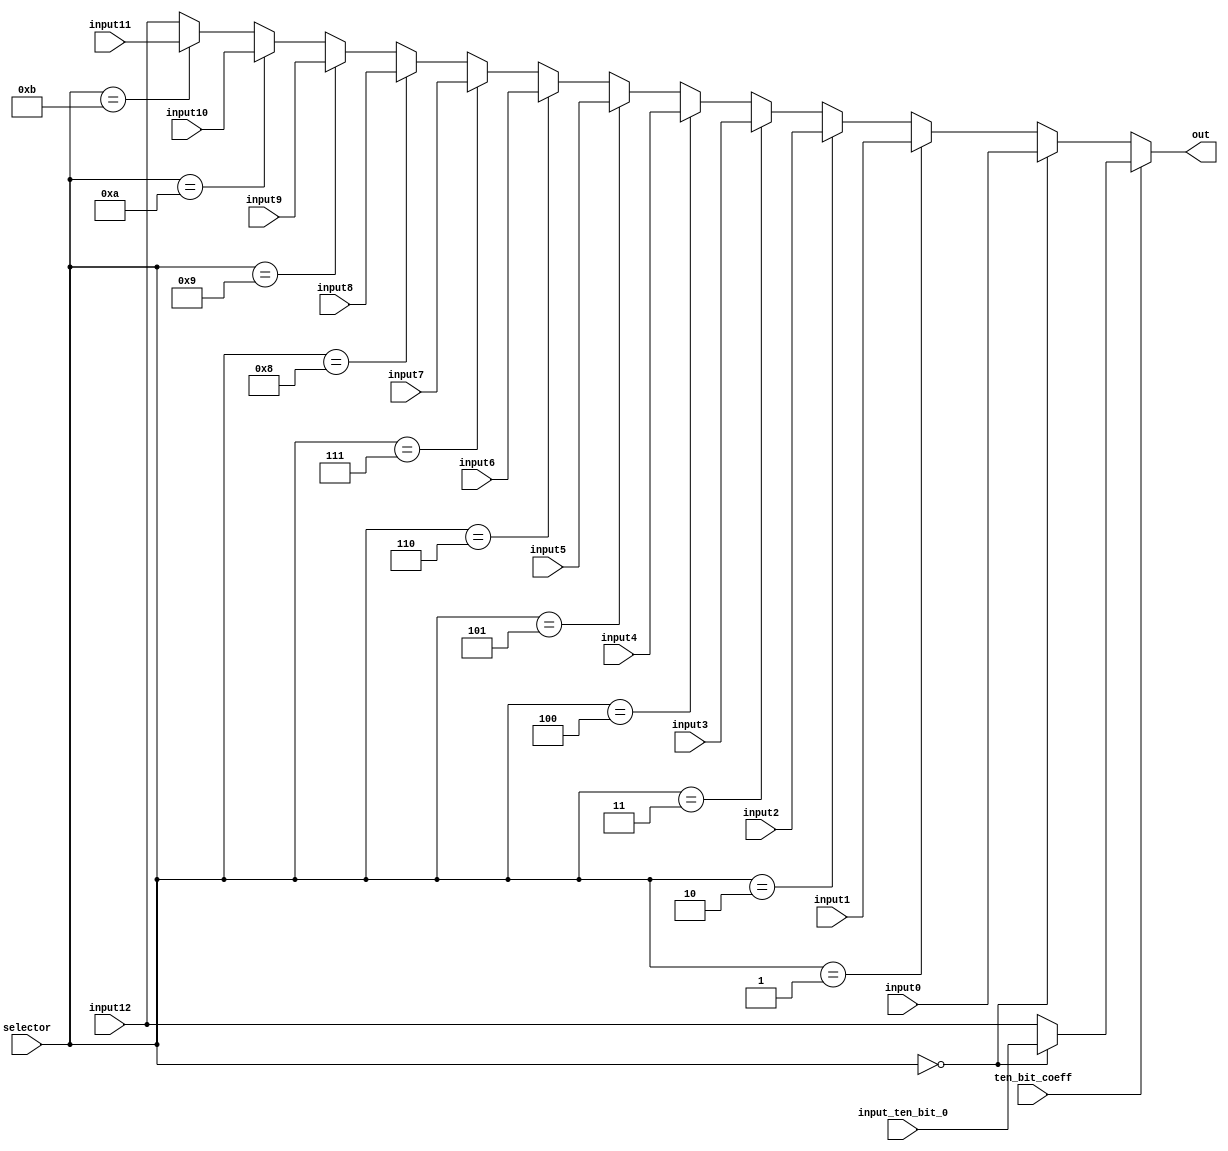
`timescale 1ns / 1ps
//////////////////////////////////////////////////////////////////////////////////
// Company: 
// Engineer: 
// 
// Design Name: 
// Module Name:    buffer_muxer 
// Project Name: 
// Target Devices: 
// Tool versions: 
// Description: 
//
// Dependencies: 
//
// Revision: 
// Revision 0.01 - File Created
// Additional Comments: 
//
//////////////////////////////////////////////////////////////////////////////////
module buffer_muxer1(input0, input1, input2, input3,
					input4, input5, input6, input7,
					input8, input9, input10, input11,
					input12, input_ten_bit_0, selector, ten_bit_coeff, out);

input [12:0] input0, input1, input2, input3, input4, input5, input6, input7, 
			 input8, input9, input10, input11, input12, input_ten_bit_0;
input ten_bit_coeff;
input [3:0] selector;

output wire [12:0] out;


assign out = ten_bit_coeff ? selector == 0 ? input_ten_bit_0 : input12 :
				selector == 0 ? input0 :
				selector == 1 ? input1 :
				selector == 2 ? input2 :
				selector == 3 ? input3 :
				selector == 4 ? input4 :
				selector == 5 ? input5 :
				selector == 6 ? input6 :
				selector == 7 ? input7 :
				selector == 8 ? input8 :
				selector == 9 ? input9 :
				selector == 10 ? input10 :
				selector == 11 ? input11 :
				input12;
			
endmodule